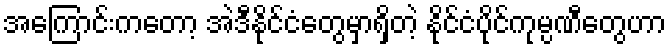
အကြောင်းကတော့ အဲဒီနိုင်ငံတွေမှာရှိတဲ့ နိုင်ငံပိုင်ကုမ္ပဏီတွေဟာ